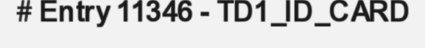
# Entry 11346 - TD1_ID_CARD